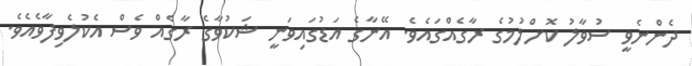
ދެންނެވީ ސުވާލު ކޮށްލުމުގެ ރާގެއްގައެވެ. އޭނާގެ އަޑުގައިވަނީ ޝަކުވާގެ ރާގެއް ވެސް އެކުލެވިފާވެއެވެ.